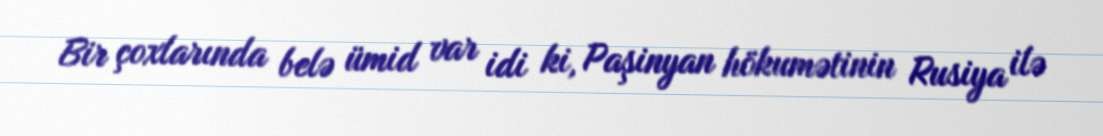
Bir çoxlarında belə ümid var idi ki, Paşinyan hökumətinin Rusiya ilə